Report on the bubonic plague in Bombay, 1896-1897
Year: 1896
Disease focus: Plague
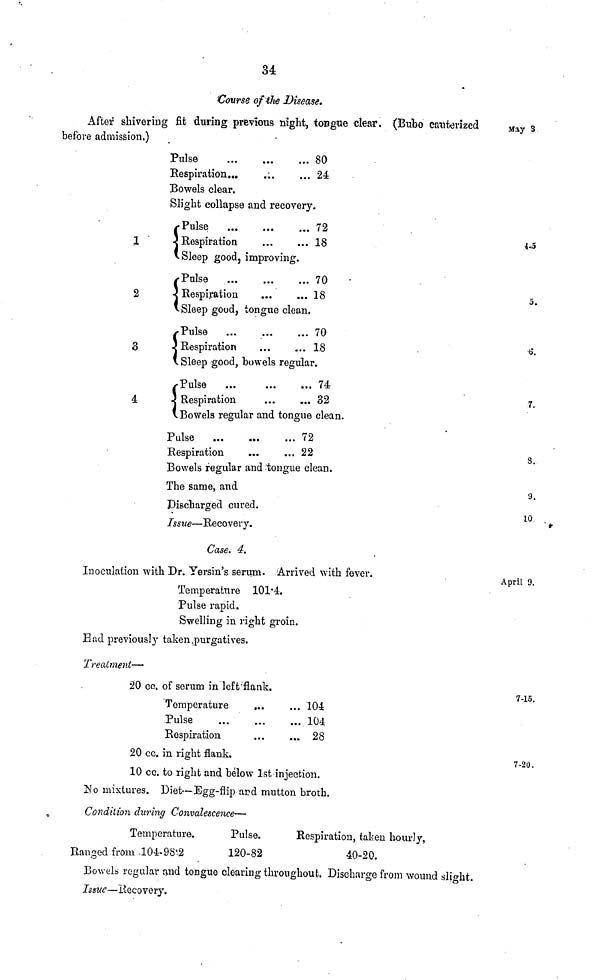
34
Course of the Disease.
After shivering fit during previous night, ton gue clear, (Bubo cauterized
before admission.)
May 3
Pulse ...
Respiration...
Bowels clear.
...
...
... 80
... 24
Slight collapse and recovery.
1
Pulse
...
...
...72
Respiration
...
... 18
Sleep good, improving.
2
Pulse
...
...
...
70
Respiration
...
...18
Sleep good, tongue clean.
5.
3
Pulse
...
...
...
70
Respiration
...
...
18
1 Sleep good, bowels regular.
4
Pulse
...
...
...
74
Respiration
...
... 32
Bowels regular and tongue clean.
7.
Pulse
72
Respiration
...
... 22
Bowels regular and tongue clean.
The same, and
Discharged cured.
Issue—Recovery.
8.
9.
1 A
10
Case. 4.
Inoculation with Dr. Yersin's serum. Arrived with fever.
April 9.
Temperature 101.4.
Pulse rapid.
Swelling in right groin.
Bad previously taken purgatives.
Treatment—
20 cc. of serum in left flank.
Temperature
Pulse
Respiration
...
...
...
...
...
...
104
104
28
7-15.
20 ce. in right flank.
10 cc. to right and below 1st injection.
7-20.
No mixtures. Diet—Egg-flip and mutton broth.
Condition during Convalescence—
Temperature.
Ranged from 104-98.2
Pulse.
120-82
Respiration, taken hourly,
40-20.
Bowels regular and tongue clearing throughout. Discharge from wound slight.
Issue—Recovery.